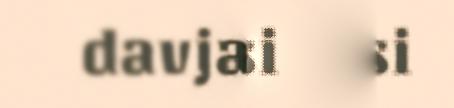
davja go si